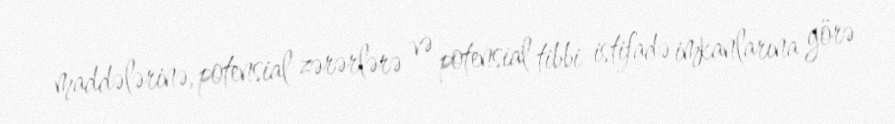
maddələrinə, potensial zərərlərə və potensial tibbi istifadə imkanlarına görə